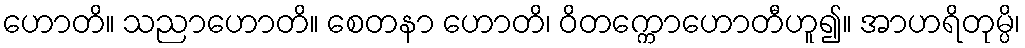
ဟောတိ။ သညာဟောတိ။ စေတနာ ဟောတိ၊ ဝိတက္ကောဟောတီဟူ၍။ အာဟရိတုမ္ပိ၊